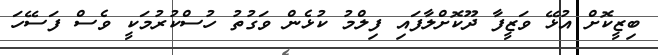
ބިޒީކޮށް އުޅޭ ވަޒީފާ ދޫކޮށްލާފައި ފިލްމު ކުޅެން ވަގުތު ހުސްކުރުމަކީ ވެސް ފަސޭހަ